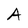
Character: A